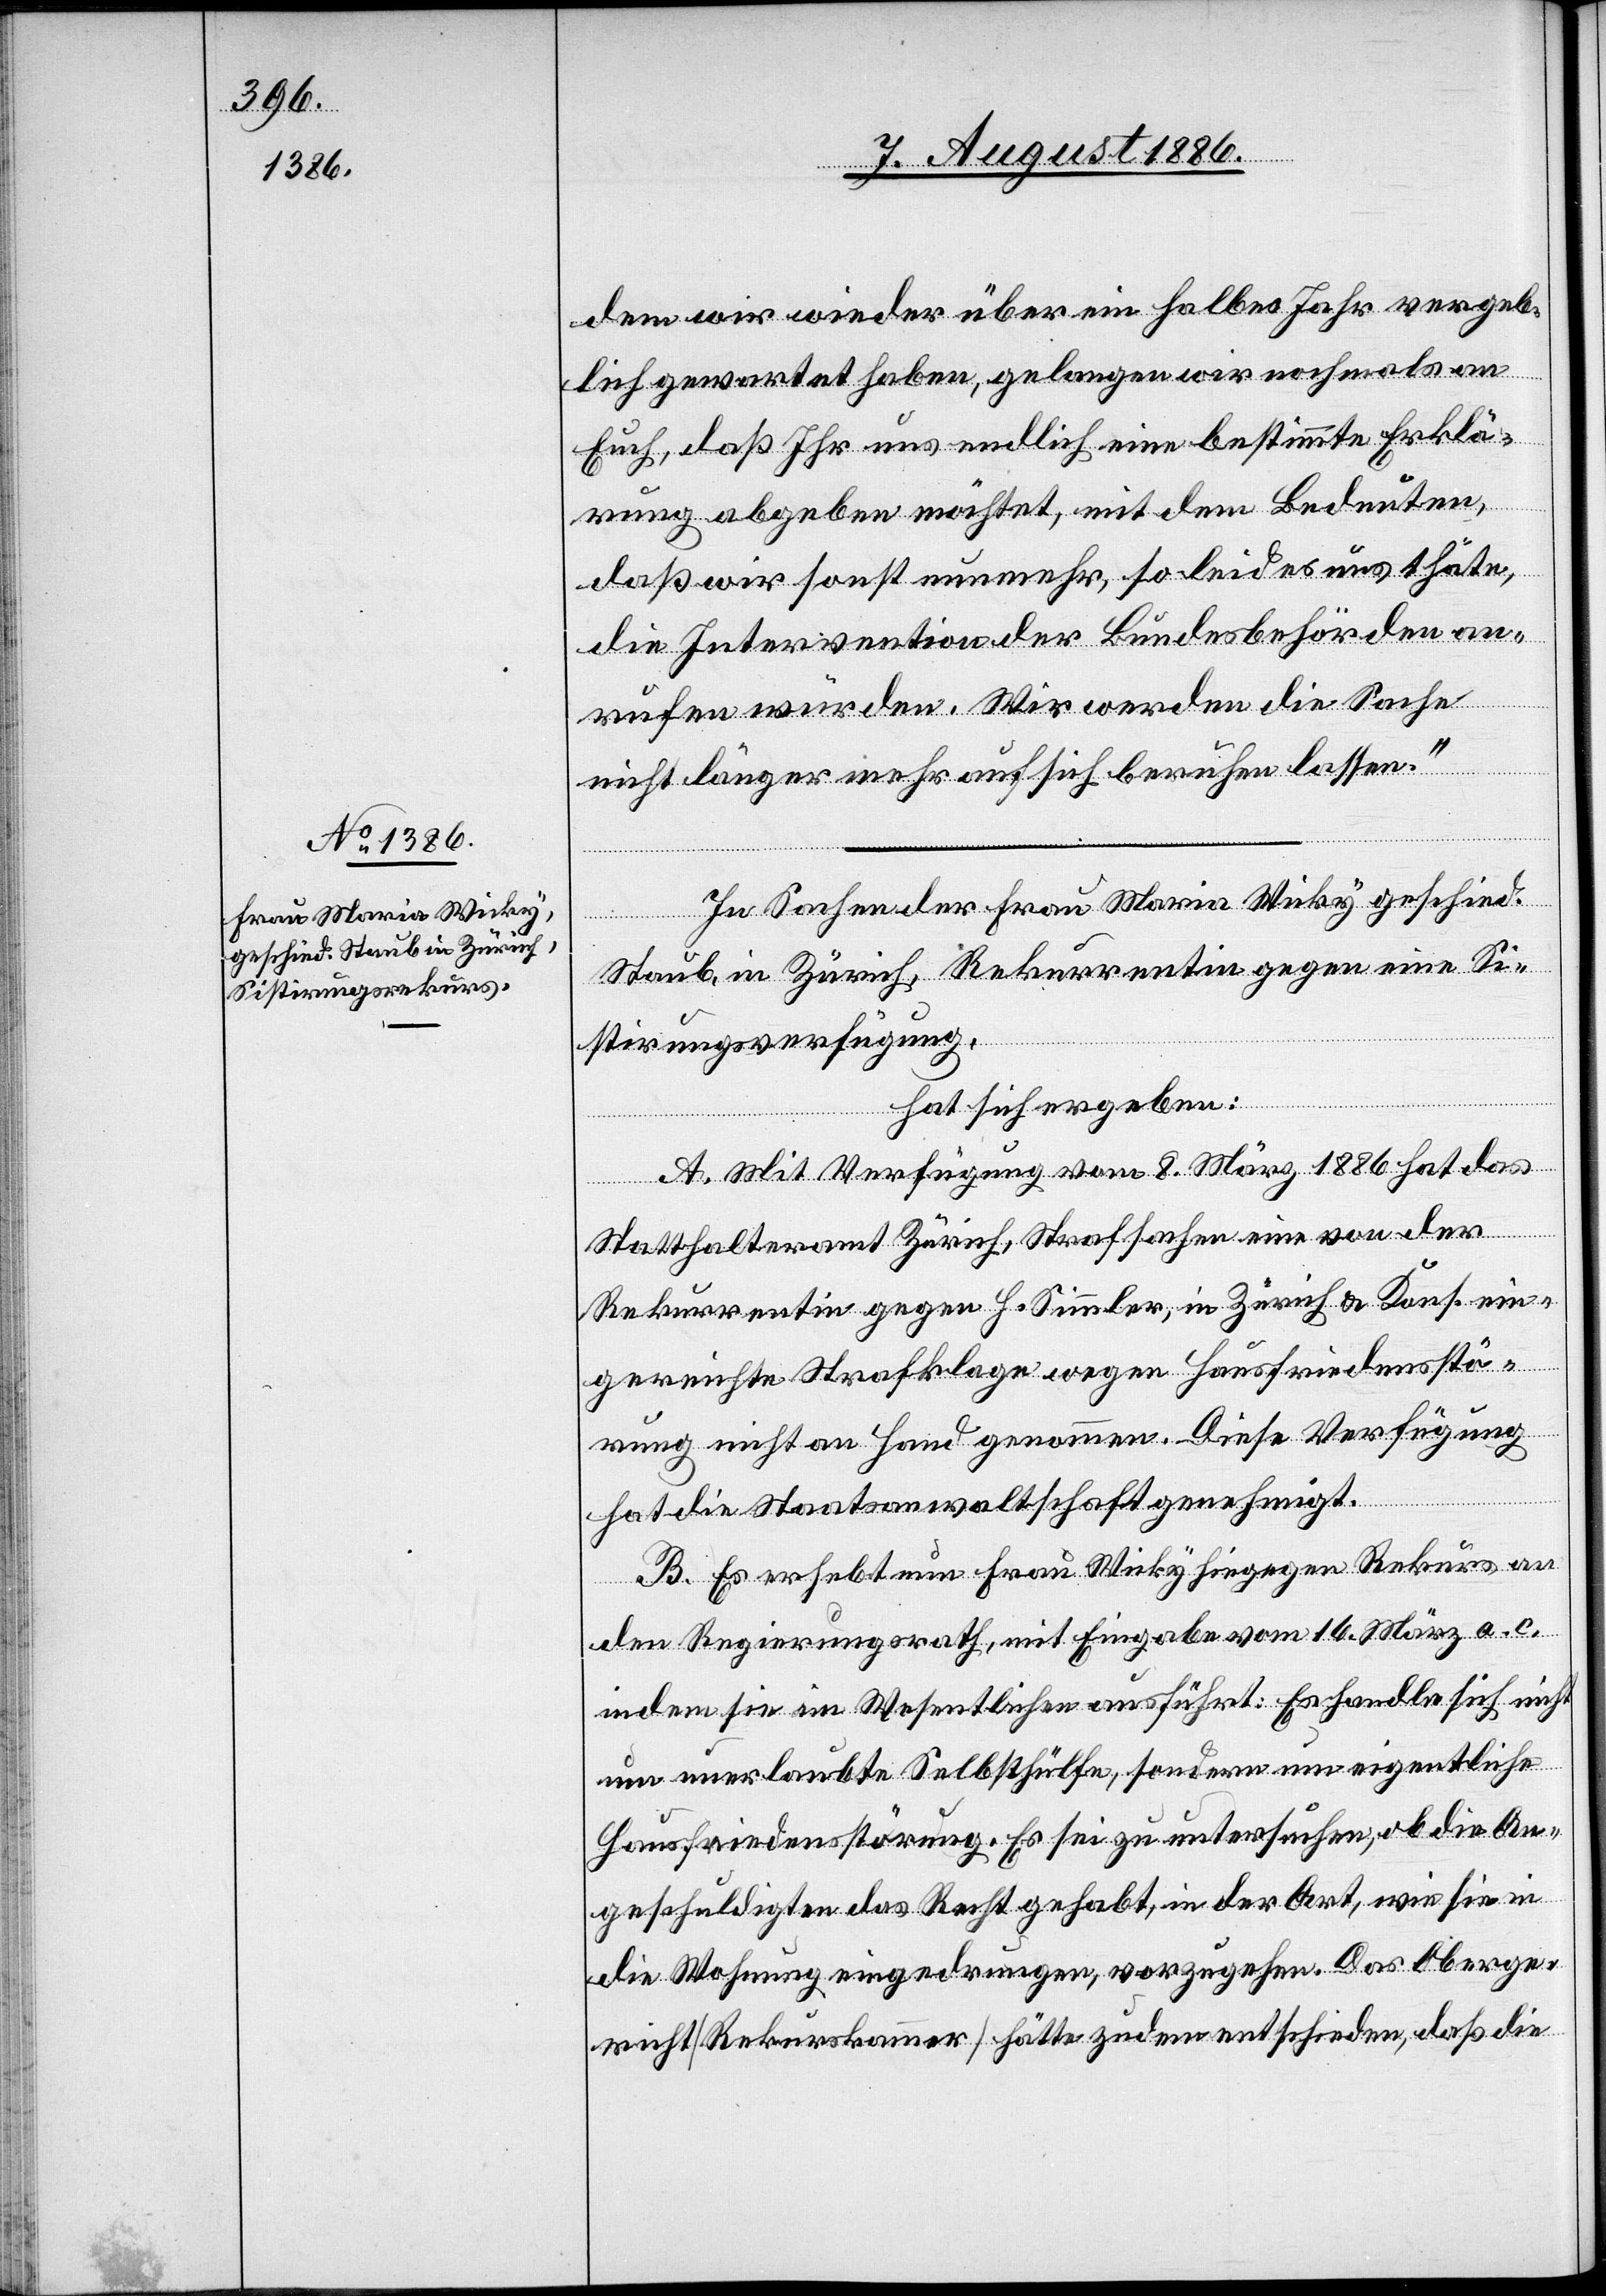
dem wir wieder über ein halbes Jahr vergeb¬
lich gewartet haben, gelangen wir nochmals an
Euch, daß Ihr uns endlich eine bestimmte Erklä¬
rung abgeben möchtet, mit dem Bedeuten,
daß wir sonst nunmehr, so leid es uns thäte,
die Intervention der Bundesbehörden an¬
rufen würden. Wir werden die Sache
nicht länger mehr auf sich beruhen lassen.“
In Sachen der Frau Maria Wicky geschied.
Staub, in Zürich, Rekurrentin gegen eine Si¬
stirungsverfügung,
hat sich ergeben:
A. Mit Verfügung vom 8. März 1886 hat das
Statthalteramt Zürich, Strafsachen[,] eine von der
Rekurrentin gegen H. Simmler, in Zürich & Kons. ein¬
gereichte Strafklage wegen Hausfriedensstö¬
rung nicht an Hand genommen. Diese Verfügung
hat die Staatsanwaltschaft genehmigt.
B. Es erhebt nun Frau Wicky hiegegen Rekurs an
den Regierungsrath, mit Eingabe vom 16. März a. c.
indem sie im Wesentlichen ausführt: Es handle sich nicht
um unerlaubte Selbsthülfe, sondern um eigentliche
Hausfriedensstörung. Es sei zu untersuchen, ob die An¬
geschuldigten das Recht gehabt, in der Art, wie sie in
die Wohnung eingedrungen, vorzugehen. Das Oberge¬
richt [Rekurskammer] hätte zudem entschieden, daß die